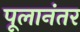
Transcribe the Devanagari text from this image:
पूलानंतर